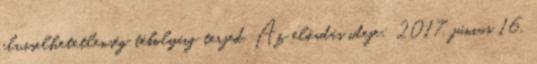
elviselhetetlenség tébolyáig terjed. Az előadás ideje: 2017. június 16.